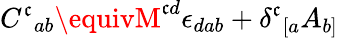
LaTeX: {C^{\mathfrak{c}}}_{ab}\equivM^{\mathfrak{c}d}\epsilon_{dab}+{\delta^{\mathfrak{c}}}_{[a}A_{b]}